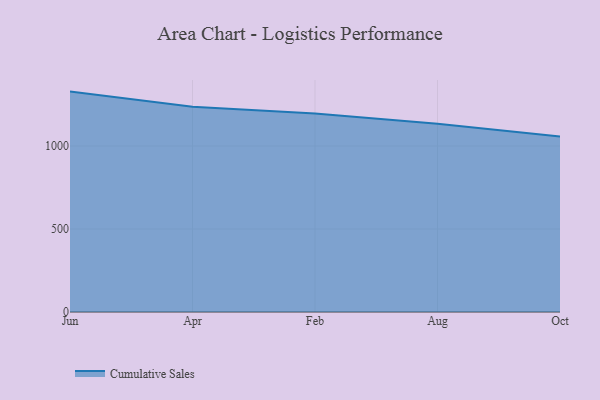
{"axis": {"x": "Month", "y": "Production Output"}, "legend": ["Cumulative Sales"], "data": [{"x": "Jun", "y": 1327.7, "type": "Cumulative Sales"}, {"x": "Apr", "y": 1236.4, "type": "Cumulative Sales"}, {"x": "Feb", "y": 1196.2, "type": "Cumulative Sales"}, {"x": "Aug", "y": 1134.7, "type": "Cumulative Sales"}, {"x": "Oct", "y": 1056.5, "type": "Cumulative Sales"}]}